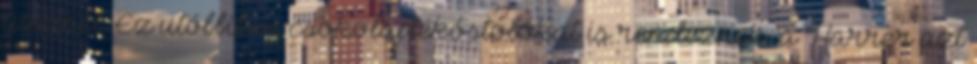
üzemel. Ez utóbbiban csokoládékóstolókat is rendeznek. a Harrer azt